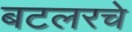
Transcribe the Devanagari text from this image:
बटलरचे